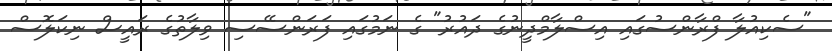
"ސެކިއުލާ ފްރާންސުގައި އިސްލާމްދީނުގެ ދައުރު" ގެ ނަމުގައި ފަރަންސޭސި ވިލާތުގެ ރައީސް ނިކަލޮސް